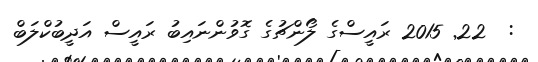
:  22